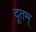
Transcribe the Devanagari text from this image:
दूतम्‌